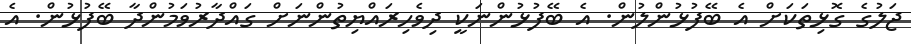
ޖަލުގެ ގޮޅިތަކަށް އެ ބޭފުޅުންލުން. އެ ބޭފުޅުންނަކީ ދިވެހިރައްޔިތުންނަށް ގައްދާރުވަމުންދާ ބޭފުޅުން. އެ